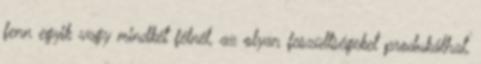
fenn egyik vagy mindkét félnél, az olyan feszültségeket produkálhat,